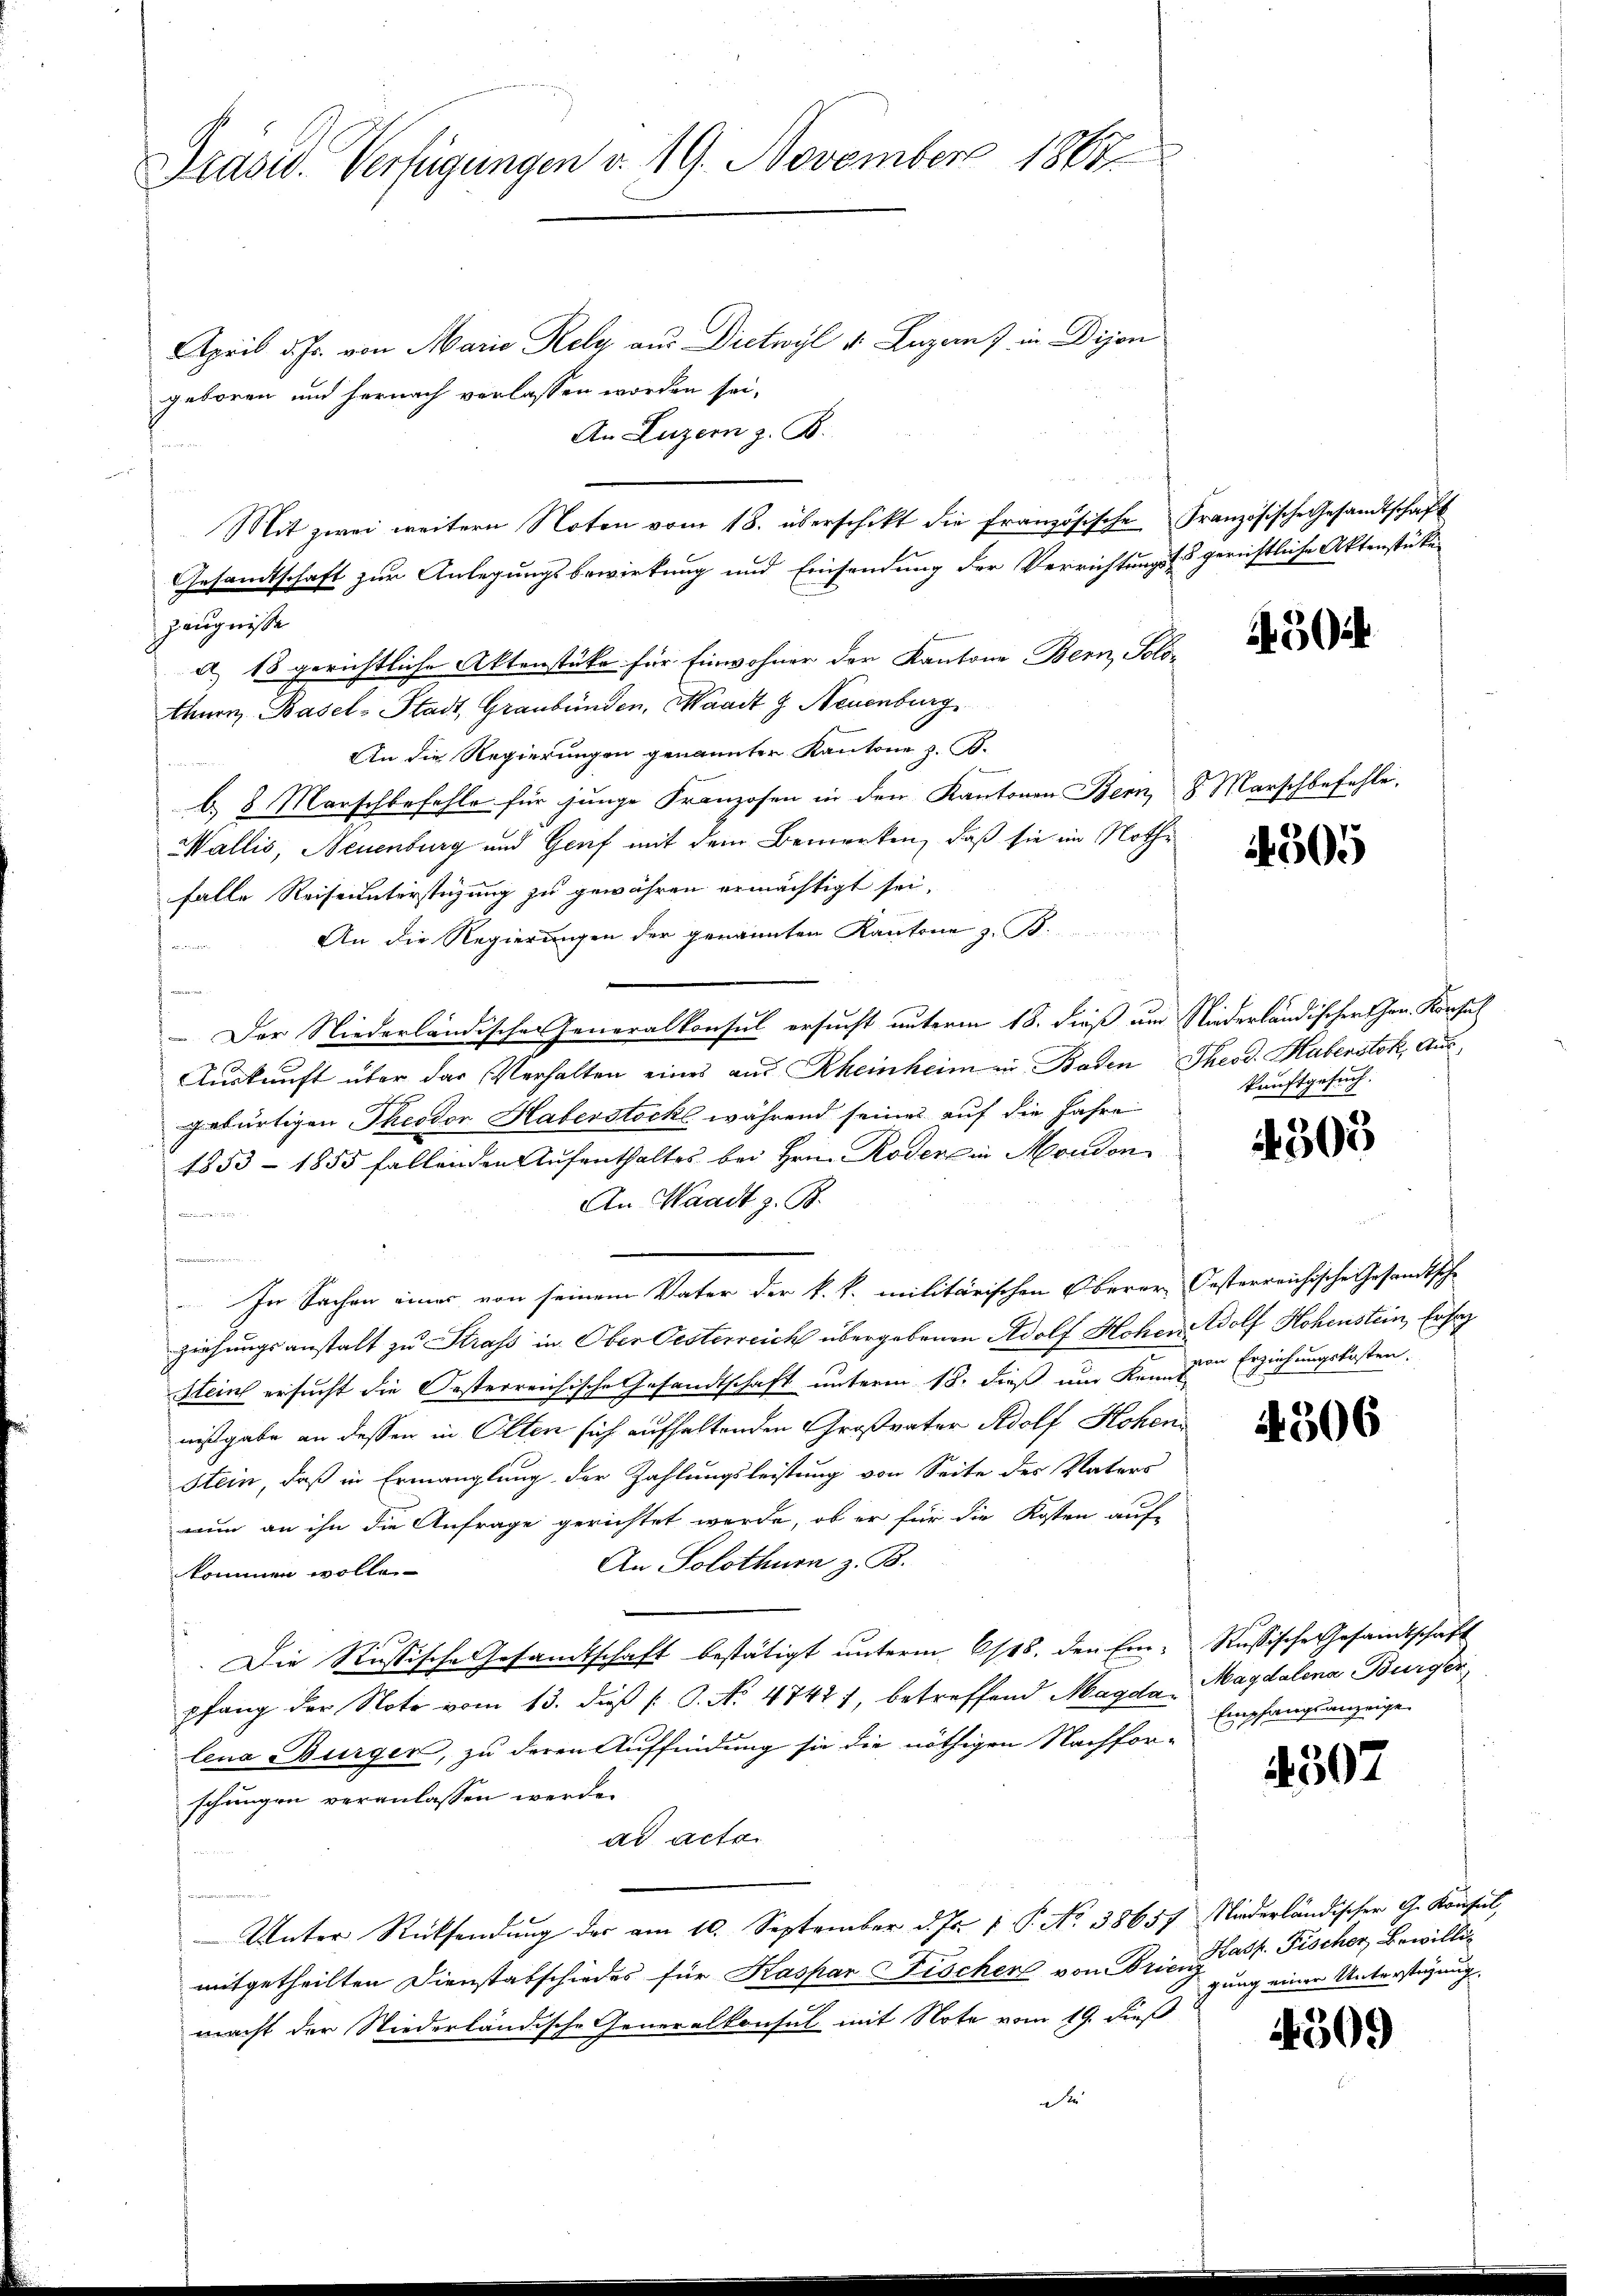
Präsid. Verfügungen v. 19. November 1867

April d. Js. von Maria Kely aus Dietwyl v. Luzern) in Dijon
geboren und hernach verlassen worden sei,
An Luzern z. B.
Mit zwei weitern Noten vom 18. überschikt die französische Französische Gesandtschaft
Gesandtschaft zur Anlegungsbewirkung und Einsendung der Verrichtung & gerichtliche Aktenstüken
zeugnisse
a) 18 gerichtliche Aktenstüke für Einwohner der Kantone Bern, Solothurn, Basel-Stadt, Graubünden, Waadt z. Neuenburg
An die Regierungen genannter Kantone z. B.
b 8 Marschbefehle für junge Franzosen in den Kantonen Bern, 8. Marschbefehle,
Wallis, Neuenburg und Genf mit dem Bemerken, daß sie im Nothe
falle Reiseunterstüzung zu gewähren ermächtigt sei,
An die Regierungen der genannten Kantone z. B.
- Der Niederländischer Generalkonsul ersucht unterm 18. dieß um Niederländischer Chen. Konsul
Auskunft über das Verhalten eines aus Rheinheim in Baden Theod. Habenstok, Ausgebürtigen Theodor Haberstöcke während seiner auf die Jahre
1853 - 1855 fallenden Aufenthaltes bei Hrn. Roderlin Moudon
An Waadt z. B.

In Sachen einer von seinem Vater der k.k. militärischen Oberer Oesterreichische Gesandtsche
ziehungsanstalt zu Strass in Ober Oesterreich übergebenen Adolf Hohen Wolf Hohenstein, Er sag
Stein ersucht die Oesterreichische Gesandtschaft unterm 18. dieß und kann zur Erziehungskosten.
nißgabe an dessen in Olten sich aufhaltenden Großvater Adolf Kohen
Stein, daß in Ermanglung der Zahlungsleistung von Seite des Vaters
nun an ihn die Anfrage gerichtet werde, ob er für die Kosten auf-
An Solothurn z. B.
kommen wolle.
Die Russische Gesandtschaft bestätigt unterm 6/18. den Ein- Russische Gesandtschaft
pfang der Note vom 13. dieß (O. No. 4742), betreffend Magda Magdalena Burger
lena Burger, zu deren Auffindung sie die nöthigen Nachfor-
schungen veranlassen werde.
ad acta.
Unter Rücksendŭng der am 10. September d. Js. v. P. No. 38657, Niederländischer G. Konsul,
mitgetheilten Dienstabschiedes für Kaspar Fischer von Brienz
e
macht der Niederländische Generalkonsul mit Note vom 19. dieß
Die

4504

505

kunftgesuch.

4303

i4506

Empfangsanzeige

4507

Kasp. Fischer Bewillig
gung einer Unterstehung.

4509